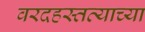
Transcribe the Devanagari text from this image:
वरदहस्तत्याच्या